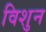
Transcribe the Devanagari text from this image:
विशुन